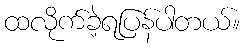
ထလိုက်ခဲ့ရပြန်ပါတယ်။